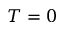
T = 0